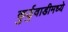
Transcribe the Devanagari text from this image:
कुर्डुवाडीमध्ये